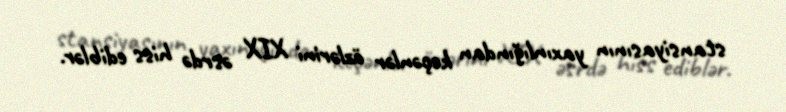
stansiyasının yaxınlığından keçənlər özlərini XIX əsrdə hiss ediblər.